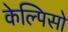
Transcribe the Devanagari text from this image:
केल्पिसो